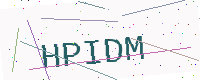
Text: HPIDM